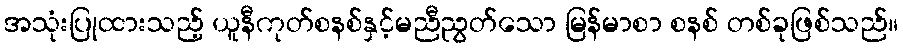
အသုံးပြုထားသည့် ယူနီကုတ်စနစ်နှင့်မညီညွတ်သော မြန်မာစာ စနစ် တစ်ခုဖြစ်သည်။